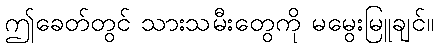
ဤခေတ်တွင် သားသမီးတွေကို မမွေးမြူချင်။